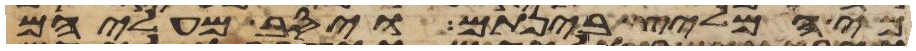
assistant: כי המליץ בינתם ויסב מעליהם